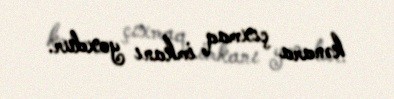
kənara çıxmaq imkanı yoxdur.